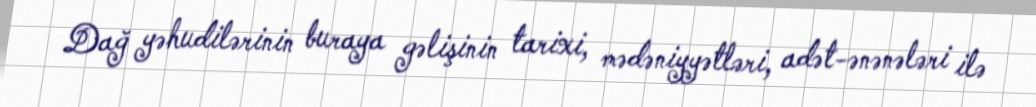
Dağ yəhudilərinin buraya gəlişinin tarixi, mədəniyyətləri, adət-ənənələri ilə